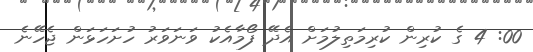
00: 4 ގެ ކުރިން ކުރިމަތިލުމަށް އެދޭ ފޯމާއެކު ވަނަވަރު ހުށަހަޅަން ޖެހޭނެ